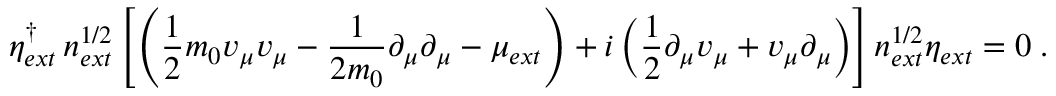
\eta _ { e x t } ^ { \dagger } \, n _ { e x t } ^ { 1 / 2 } \left[ \left( \frac { 1 } { 2 } m _ { 0 } v _ { \mu } v _ { \mu } - \frac { 1 } { 2 m _ { 0 } } \partial _ { \mu } \partial _ { \mu } - \mu _ { e x t } \right) + i \left( \frac { 1 } { 2 } \partial _ { \mu } v _ { \mu } + v _ { \mu } \partial _ { \mu } \right) \right] n _ { e x t } ^ { 1 / 2 } \eta _ { e x t } = 0 \; .